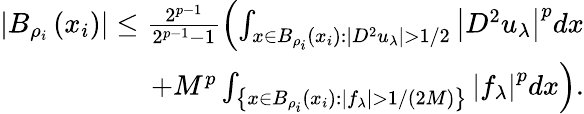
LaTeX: \begin{array}{r}{\left|B_{\rho_{i}}\left(x_{i}\right)\right|\leq\frac{2^{p-1}}{2^{p-1}-1}\left(\int_{{x\in B_{\rho_{i}}(x_{i}):\left|D^{2}u_{\lambda}\right|>1/2}}\left|D^{2}u_{\lambda}\right|^{p}dx\right.}\\ {\left.+M^{p}\int_{\left\{ x\in B_{\rho_{i}}(x_{i}):\left|f_{\lambda}\right|>1/(2M)\right\} }\left|f_{\lambda}\right|^{p}dx\right).}\end{array}